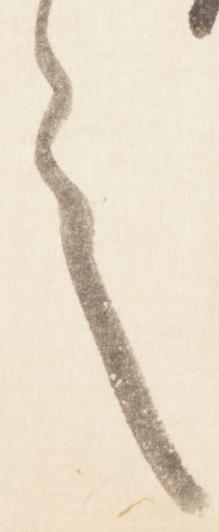
言